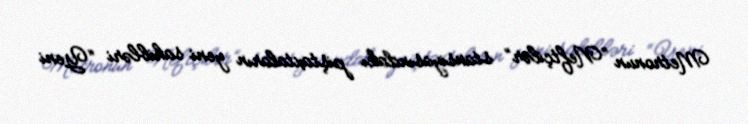
Metronun “Neftçilər” stansiyasındakı piştaxtaların yeni sahibləri “Yeni